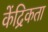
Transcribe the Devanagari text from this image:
केंद्रिकता